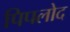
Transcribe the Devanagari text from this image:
पिपलोद